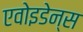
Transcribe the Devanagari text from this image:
एवोइडेन्स